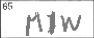
Transcription: MIW